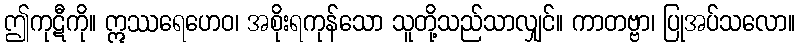
ဤကုဋီကို။ ဣဿရေဟေဝ၊ အစိုးရကုန်သော သူတို့သည်သာလျှင်။ ကာတဗ္ဗာ၊ ပြုအပ်သလော။